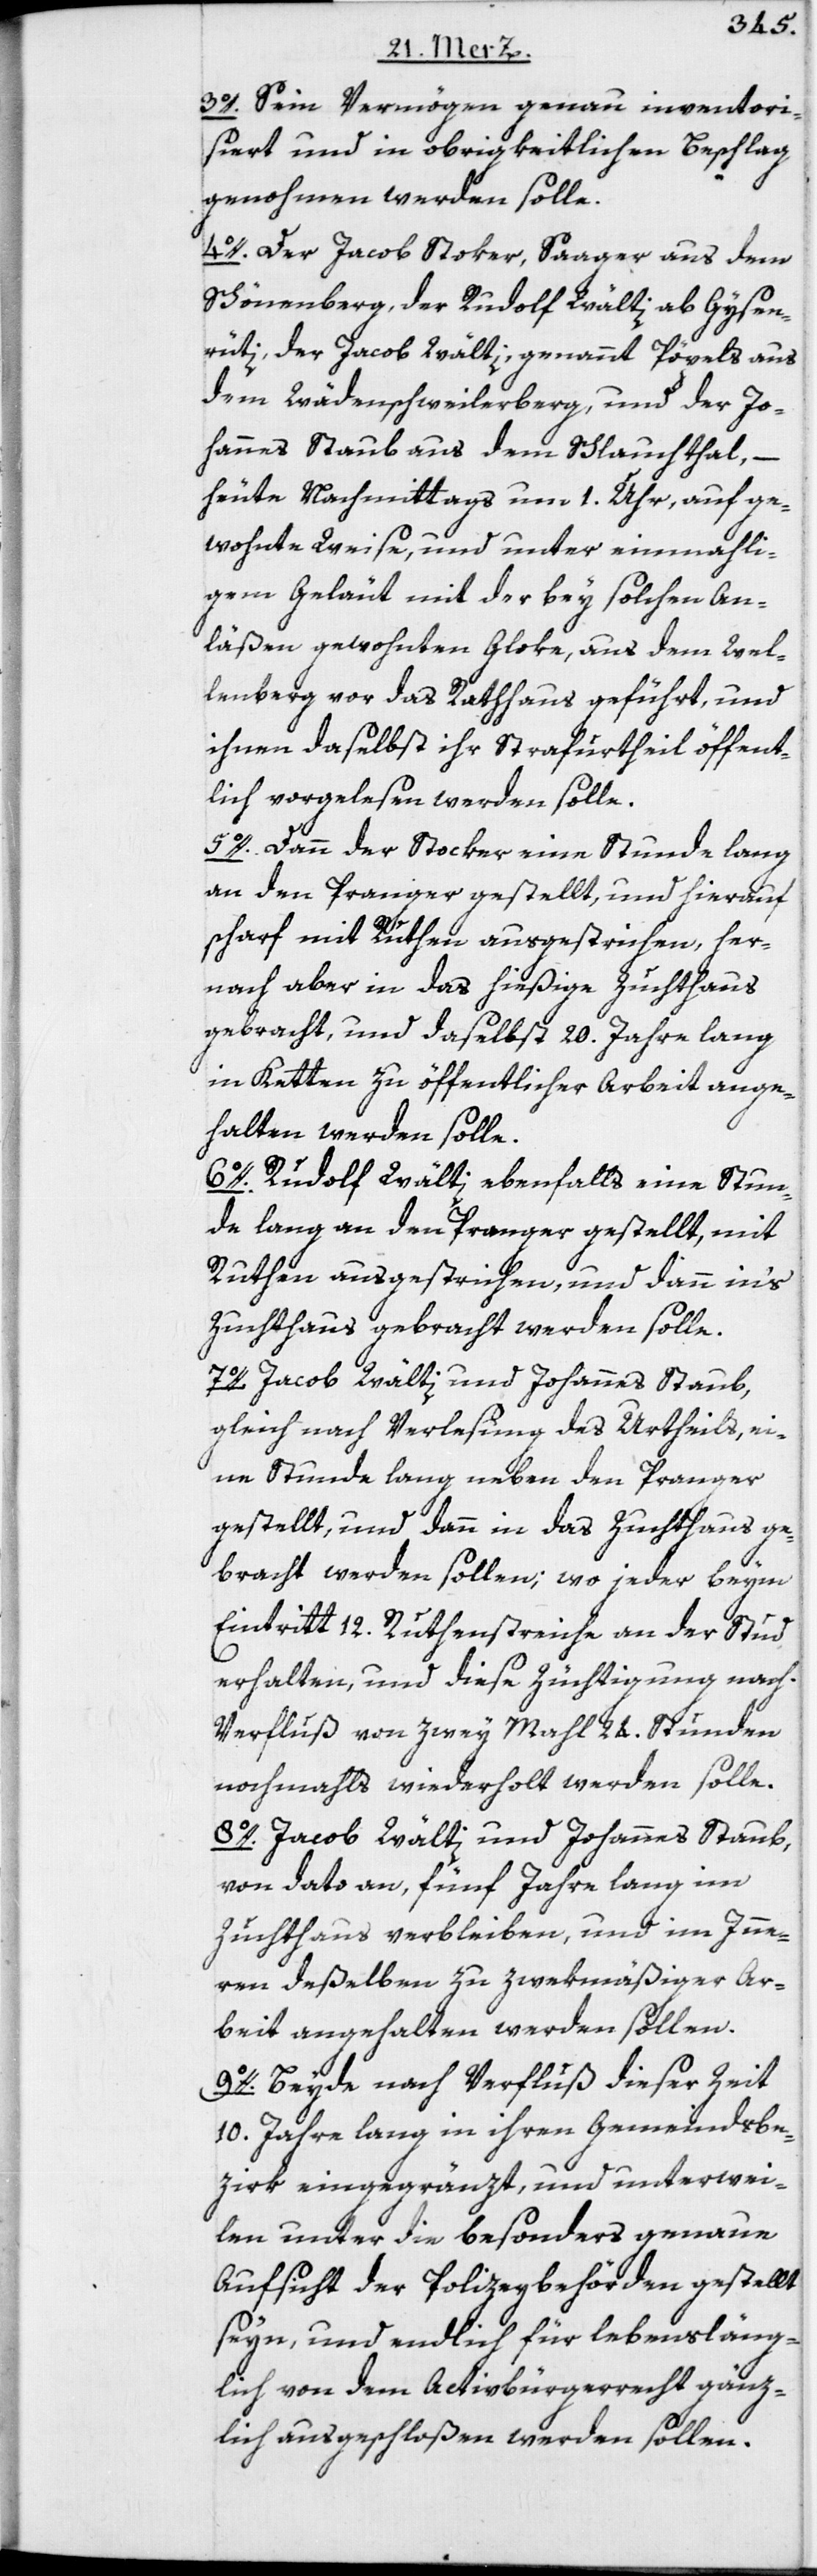
3o. Sein Vermögen genau inventori¬
siert und in obrigkeitlichen Beschlag
genohmen werden solle.
4o. Der Jakob Stoker, Saager aus dem
Schönenberg, der Rudolf Wälti ab Gysen¬
rüti, der Jacob Wälti, genannt Pöpels aus
dem Wädenschweilerberg, und der Jo¬
hannes Staub aus dem Schlauchthal, –
heute Nachmittags um 1. Uhr, auf ge¬
wohnte Weise, und unter einmahli¬
gem Geläut mit der bey solchen An¬
läßen gewohnten Gloke, aus dem Wel¬
lenberg vor das Rathhaus geführt, und
ihnen daselbst ihr Strafurtheil öffent¬
lich vorgelesen werden solle.
5o. Dann der Stocker eine Stunde lang
an den Pranger gestellt, und hierauf
scharf mit Ruthen ausgestrichen, her¬
nach aber in das hießige Zuchthaus
gebracht, und daselbst 20. Jahre lang
in Ketten zu öffentlicher Arbeit ange¬
halten werden solle.
6o. Rudolf Wälti ebenfalls eine Stun¬
de lang an den Pranger gestellt, mit
Ruthen ausgestrichen, und dann in‘s
Zuchthaus gebracht werden solle.
7o. Jacob Wälti und Johannes Staub,
gleich nach Verlesung des Urtheils, ei¬
ne Stunde lang neben den Pranger
gestellt, und dann in das Zuchthaus ge¬
bracht werden sollen; wo jeder beym
Eintritt 12. Ruthenstreiche an der Stud
erhalten, und diese Züchtigung nach
Verfluß von zwey Mahl 24. Stunden
nochmahls wiederholt werden solle.
8o. Jacob Wälti und Johannes Staub,
von dato an, fünf Jahre lang im
Zuchthaus verbleiben, und im Inne¬
ren deßelben zu zwekmäßiger Ar¬
beit angehalten werden sollen.
9o. Beyde nach Verfluß dieser Zeit
10. Jahre lang in ihren Gemeindsbe¬
zirk eingegränzt und unterwei¬
len unter die besonders genaue
Aufsicht der Polizeybehörden gestellt
seyn, und endlich für lebensläng¬
lich von dem Activbürgerrecht gänz¬
lich ausgeschloßen werden sollen.